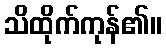
သိထိုက်ကုန်၏။